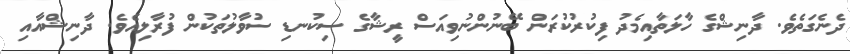
ދެނެގަތެވެެ. ދާނިޝްގެ ހާލަތާއިމެދު ފިކުރުކުރަން ބޭނުންނުވިއަސް ރީޝާގެ ސިކުނޑި ސުވާލުތަކުން ފުރާލިއެވެ. ދާނިޝްއާއި